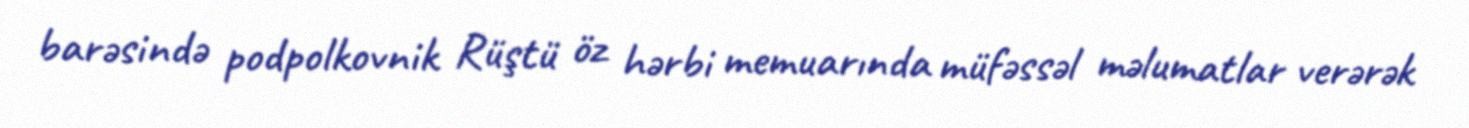
barəsində podpolkovnik Rüştü öz hərbi memuarında müfəssəl məlumatlar verərək